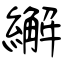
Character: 繲